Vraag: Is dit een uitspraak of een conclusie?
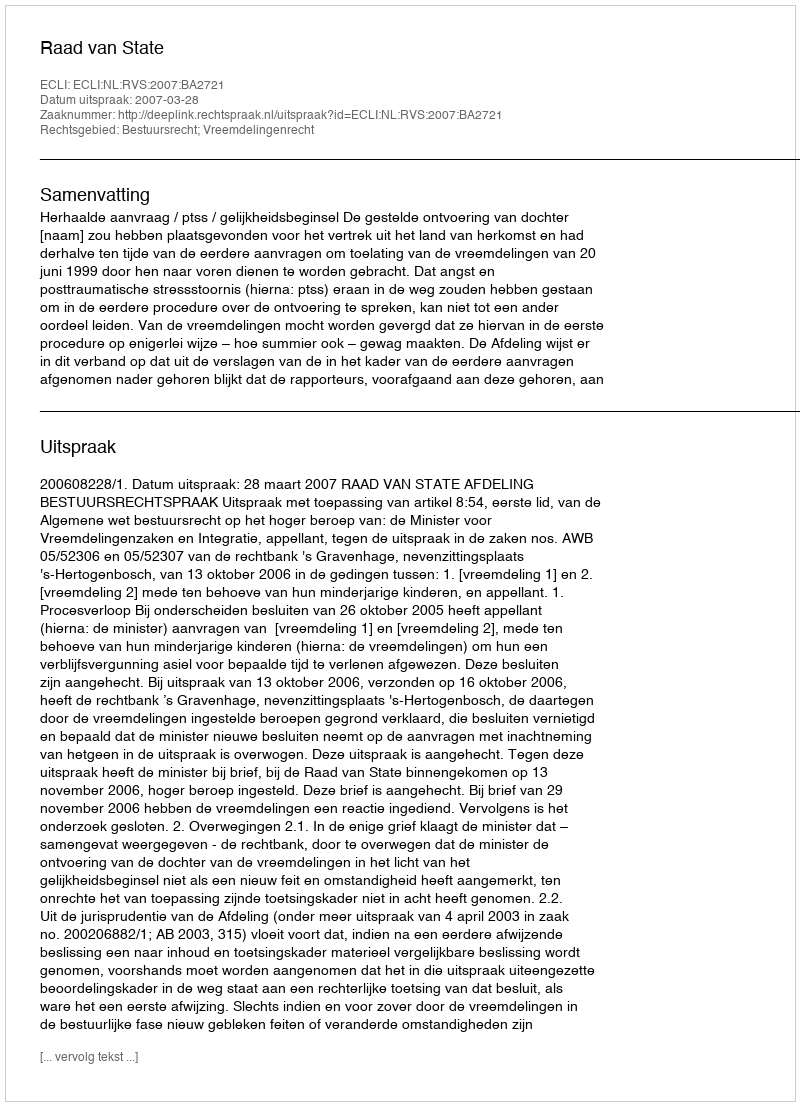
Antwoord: Uitspraak